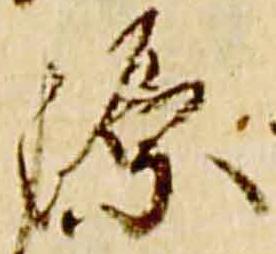
源